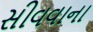
સીવવાના